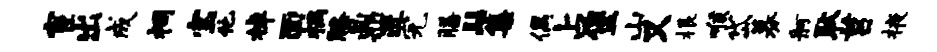
宦出成祠宝他棹面祸膝鼎进完膳髻集偶占堡山又根喉岱募舸耿莒掖